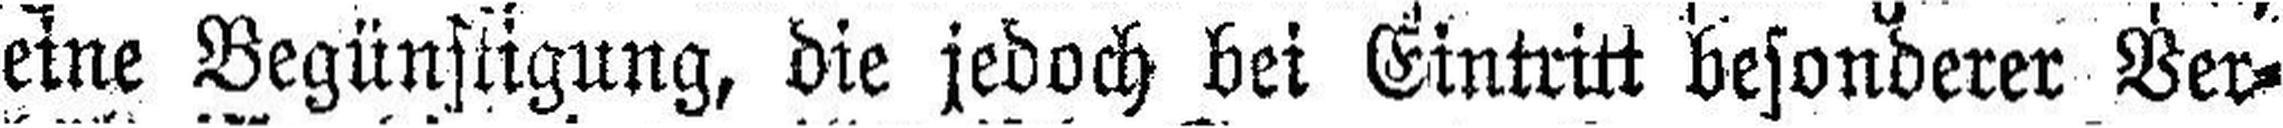
eine Begünstigung, die jedoch bei Eintritt besonderer Ver¬